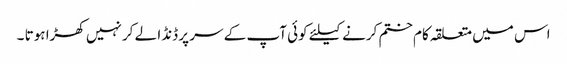
اس میں متعلقہ کام ختم کرنے کیلئے کوئی آپ کے سر پر ڈنڈا لے کر نہیں کھڑا ہوتا ۔